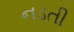
નડતી